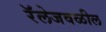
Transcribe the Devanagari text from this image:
रॅलेजवळील